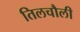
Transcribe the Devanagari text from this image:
तिलचौली